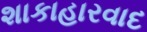
શાકાહારવાદ